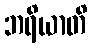
ဘရိယာတိ